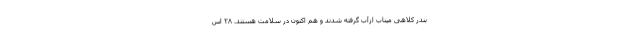
بندر کلاهی میناب ازآب گرفته شدند و هم اکنون در سلامت هستند. ۲۸ اس